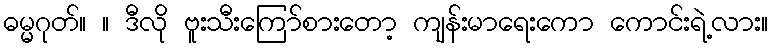
ဓမ္မဂုတ်။ ။ ဒီလို ဗူးသီးကြော်စားတော့ ကျန်းမာရေးကော ကောင်းရဲ့လား။